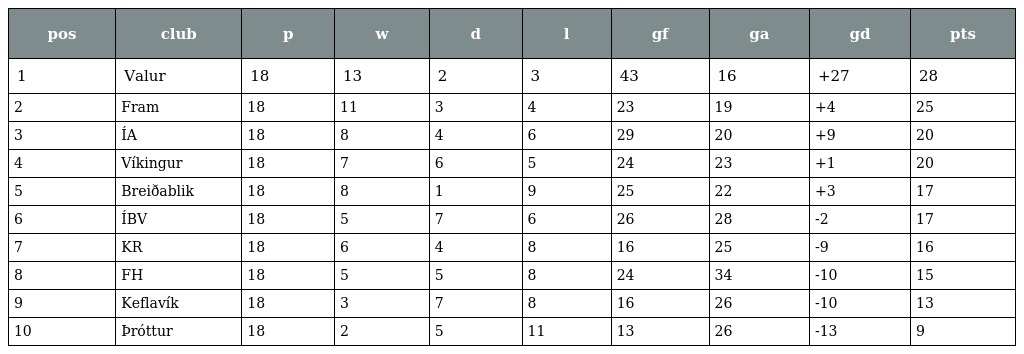
| pos | club | p | w | d | l | gf | ga | gd | pts |
 | --- | --- | --- | --- | --- | --- | --- | --- | --- | --- |
 | 1 | Valur | 18 | 13 | 2 | 3 | 43 | 16 | +27 | 28 |
 | 2 | Fram | 18 | 11 | 3 | 4 | 23 | 19 | +4 | 25 |
 | 3 | ÍA | 18 | 8 | 4 | 6 | 29 | 20 | +9 | 20 |
 | 4 | Víkingur | 18 | 7 | 6 | 5 | 24 | 23 | +1 | 20 |
 | 5 | Breiðablik | 18 | 8 | 1 | 9 | 25 | 22 | +3 | 17 |
 | 6 | ÍBV | 18 | 5 | 7 | 6 | 26 | 28 | -2 | 17 |
 | 7 | KR | 18 | 6 | 4 | 8 | 16 | 25 | -9 | 16 |
 | 8 | FH | 18 | 5 | 5 | 8 | 24 | 34 | -10 | 15 |
 | 9 | Keflavík | 18 | 3 | 7 | 8 | 16 | 26 | -10 | 13 |
 | 10 | Þróttur | 18 | 2 | 5 | 11 | 13 | 26 | -13 | 9 |